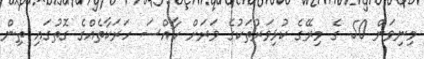
މިނިވަން 50 ގެ މިރޭގެ ކުޅިވަރުތަކުގެ ވަރަށް ހާއްސަ ހަރަކާތެއްގެ ގޮތުގައި ތިން